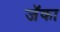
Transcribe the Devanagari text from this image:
जॅका